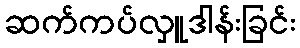
ဆက်ကပ်လှူဒါန်းခြင်း